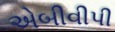
એબીવીપી